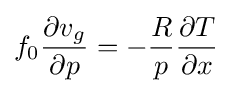
f_{0}{\frac {\partial v_{g}}{\partial p}}=-{\frac {R}{p}}{\frac {\partial T}{\partial x}}